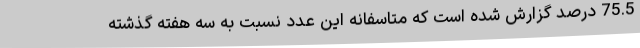
75.5 درصد گزارش شده است که متاسفانه این عدد نسبت به سه هفته گذشته